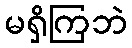
မရှိကြဘဲ